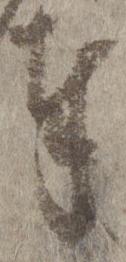
奉